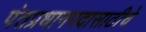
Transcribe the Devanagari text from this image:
पंतप्रधानपदासाठीचे